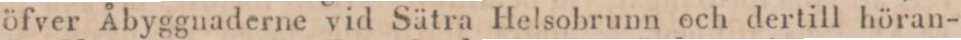
öfver Åbyggnaderne vid Sätra Helsobrunn och dertill höran-